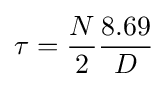
\tau ={\frac {N}{2}}{\frac {8.69}{D}}